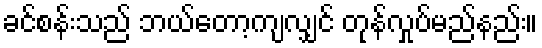
ခင်စန်းသည် ဘယ်တော့ကျလျှင် တုန်လှုပ်မည်နည်း။